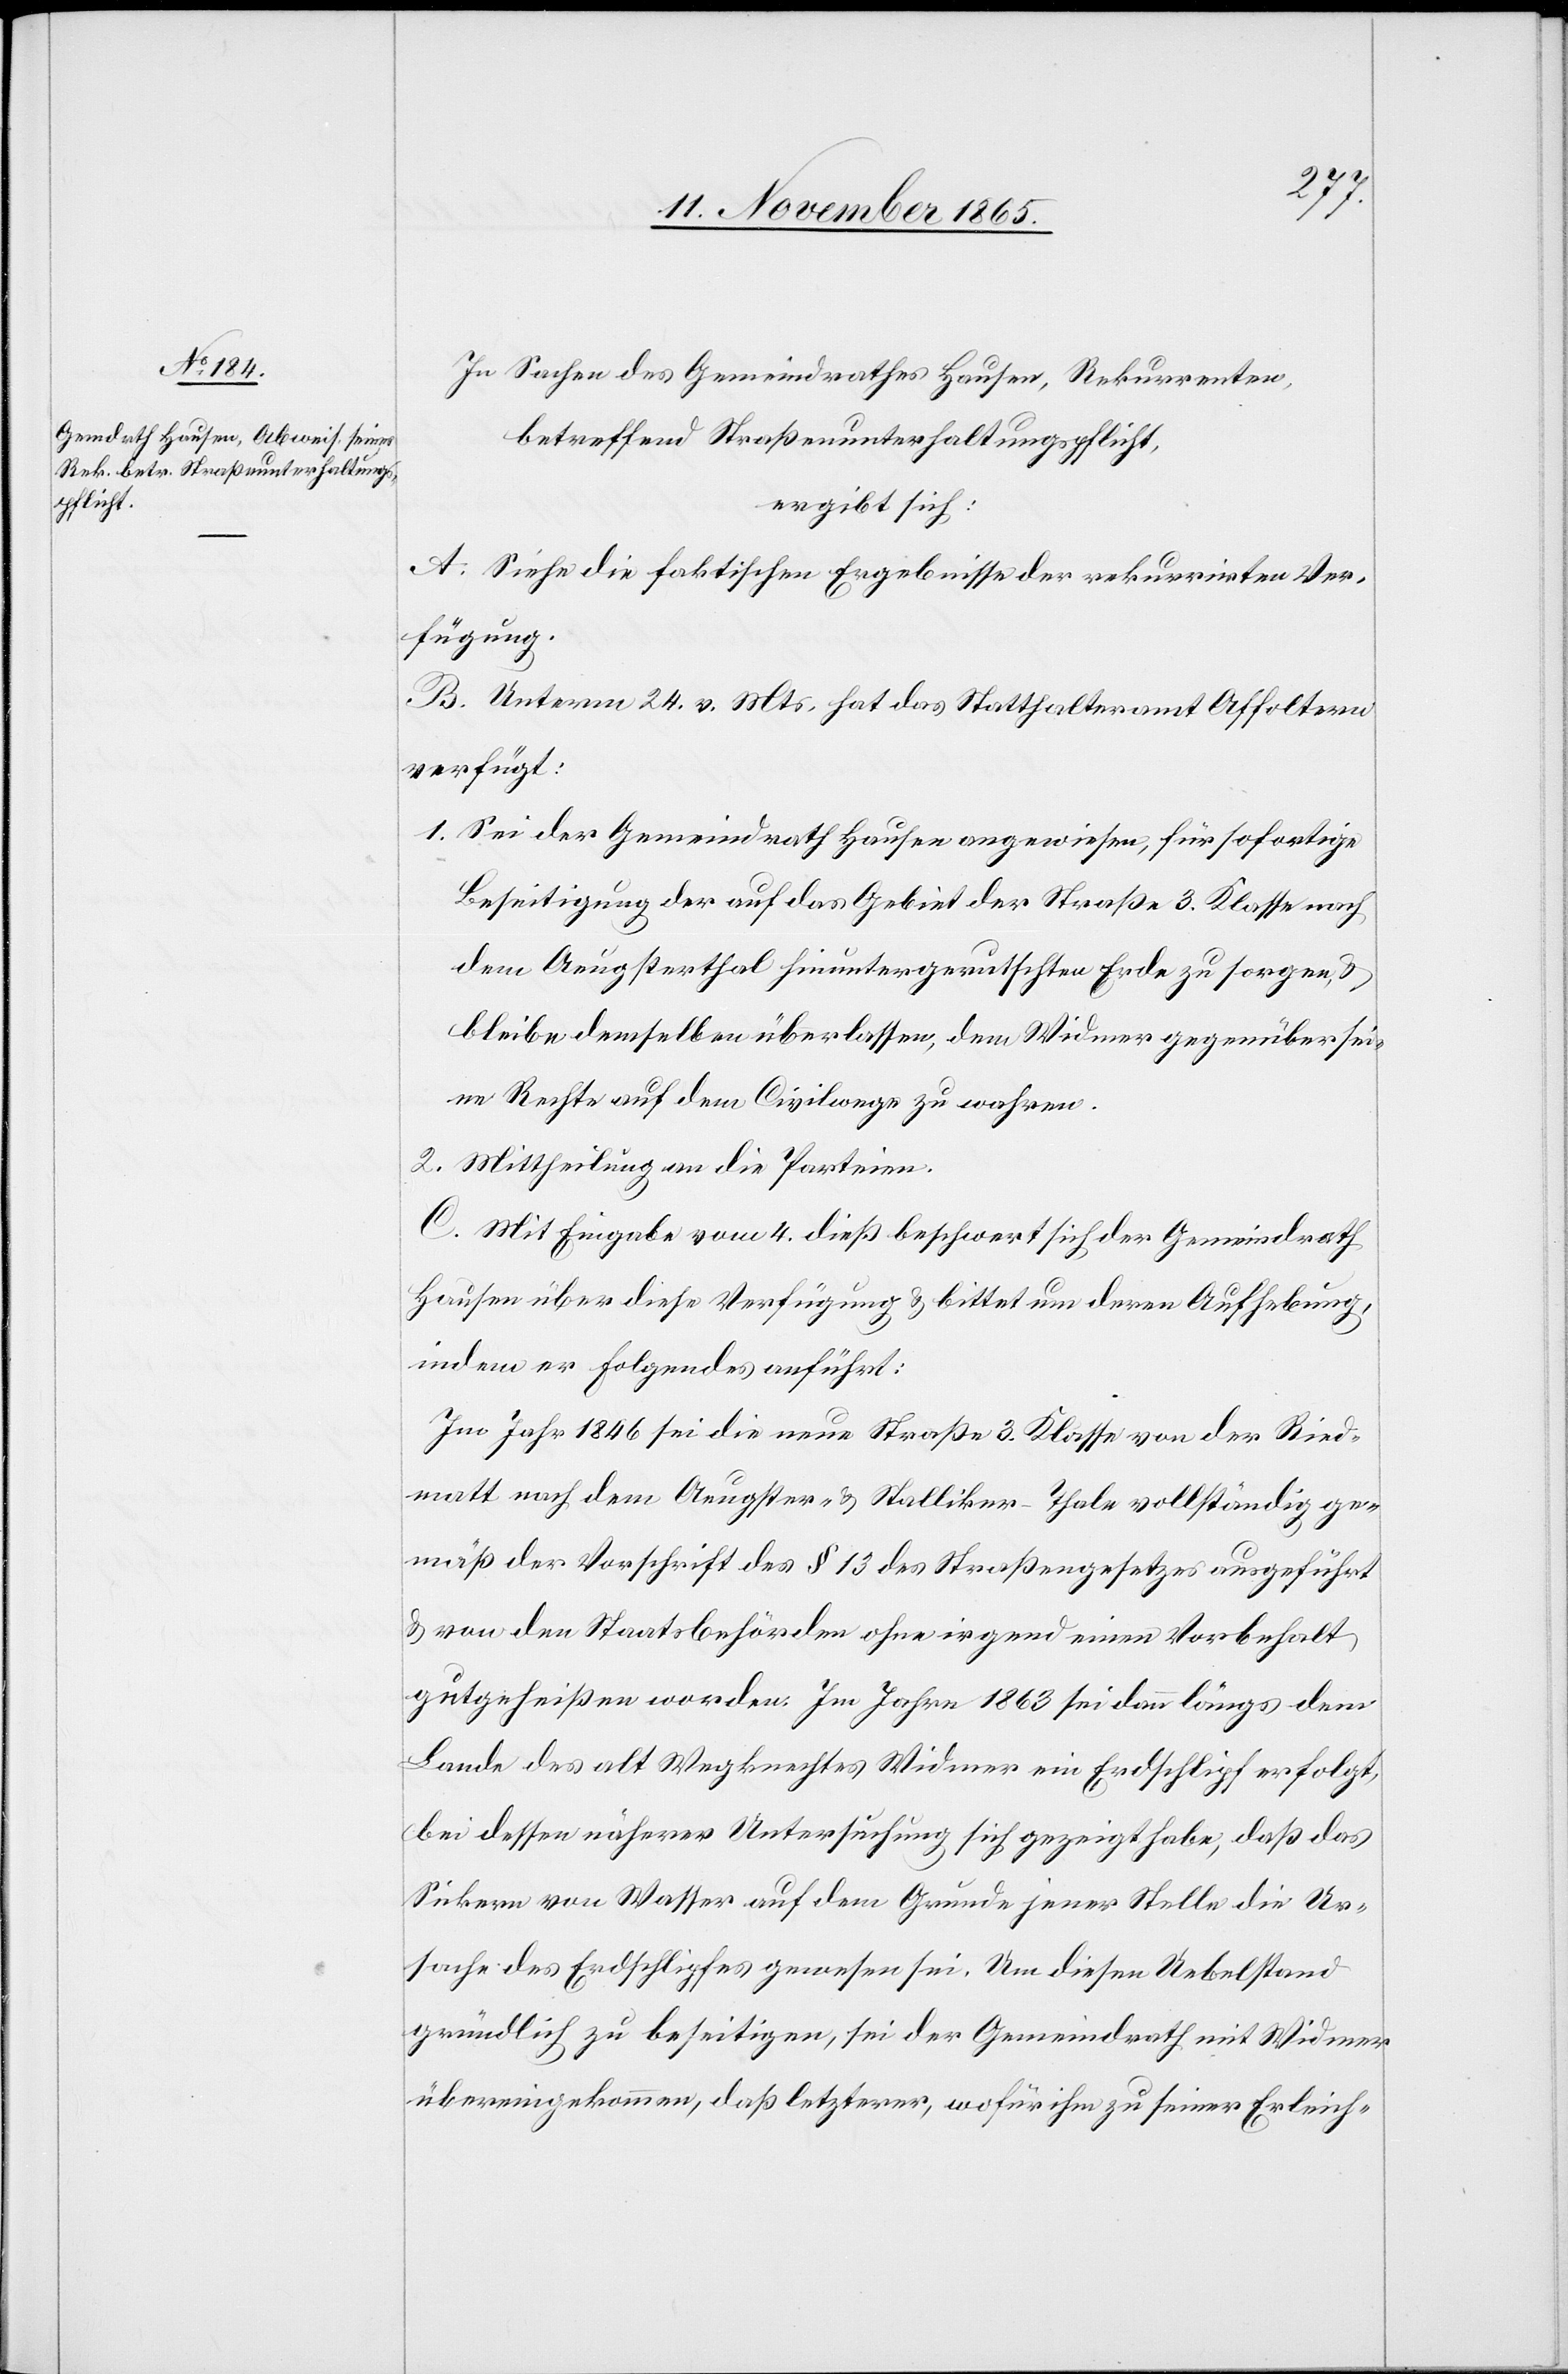
In Sachen des Gemeindrathes Hausen, Rekurrenten,
betreffend Straßenunterhaltungspflicht,
ergibt sich:
A. Siehe die faktischen Ergebnisse der rekurrirten Ver¬
fügung.
B. Unterm 24. v. Mts. hat das Statthalteramt Affoltern
verfügt:
1. Sei der Gemeindrath Hausen angewiesen, für sofortige
Beseitigung der auf das Gebiet der Straße 3. Klasse nach
dem Aeugsterthal hinuntergerutschten Erde zu sorgen, &
bleibe demselben überlassen, dem Widmer gegenüber sei¬
ne Rechte auf dem Civilwege zu wahren.
2. Mittheilung an die Parteien.
C. Mit Eingabe vom 4. dieß beschwert sich der Gemeindrath
Hausen über diese Verfügung & bittet um deren Aufhebung,
indem er Folgendes anführt:
Im Jahr 1846 sei die neue Straße 3. Klasse von der Ried¬
matt nach dem Aeugster- & Stalliker-Thale vollständig ge¬
mäß der Vorschrift des § 13 des Straßengesetzes ausgeführt
& von den Staatsbehörden ohne irgend einen Vorbehalt
gutgeheißen worden. Im Jahre 1863 sei dann längs dem
Lande des alt Wegknechtes Widmer ein Erdschlipf erfolgt,
bei dessen näherer Untersuchung sich gezeigt habe, daß das
Sickern von Wasser auf dem Grunde jener Stelle die Ur¬
sache des Erdschlipfes gewesen sei. Um diesen Uebelstand
gründlich zu beseitigen, sei der Gemeindrath mit Widmer
übereingekommen, daß letzterer, wofür ihm zu seiner Erleich-